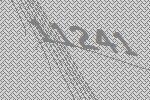
11241